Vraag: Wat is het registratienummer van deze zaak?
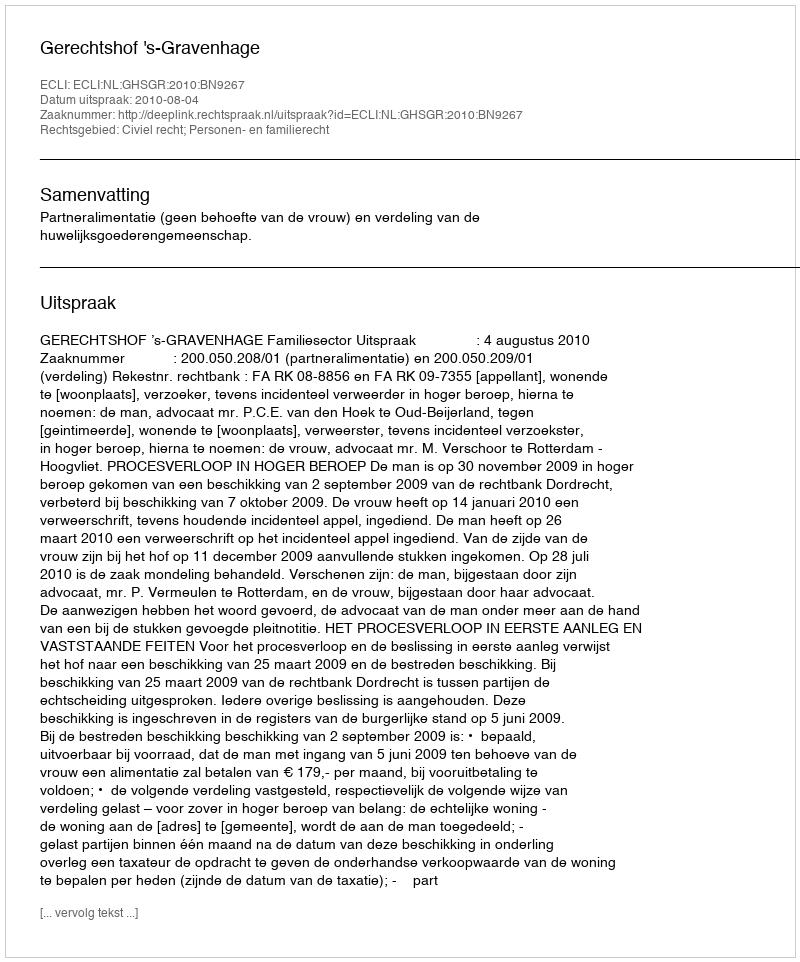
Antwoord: http://deeplink.rechtspraak.nl/uitspraak?id=ECLI:NL:GHSGR:2010:BN9267